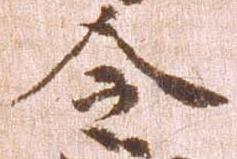
令